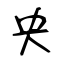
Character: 央